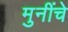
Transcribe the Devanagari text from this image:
मुनींचे